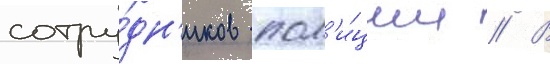
сотру́дн'иков пол'и́ции // В